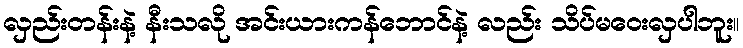
လှည်းတန်းနဲ့ နီးသလို အင်းယားကန်ဘောင်နဲ့ လည်း သိပ်မဝေးလှပါဘူး။